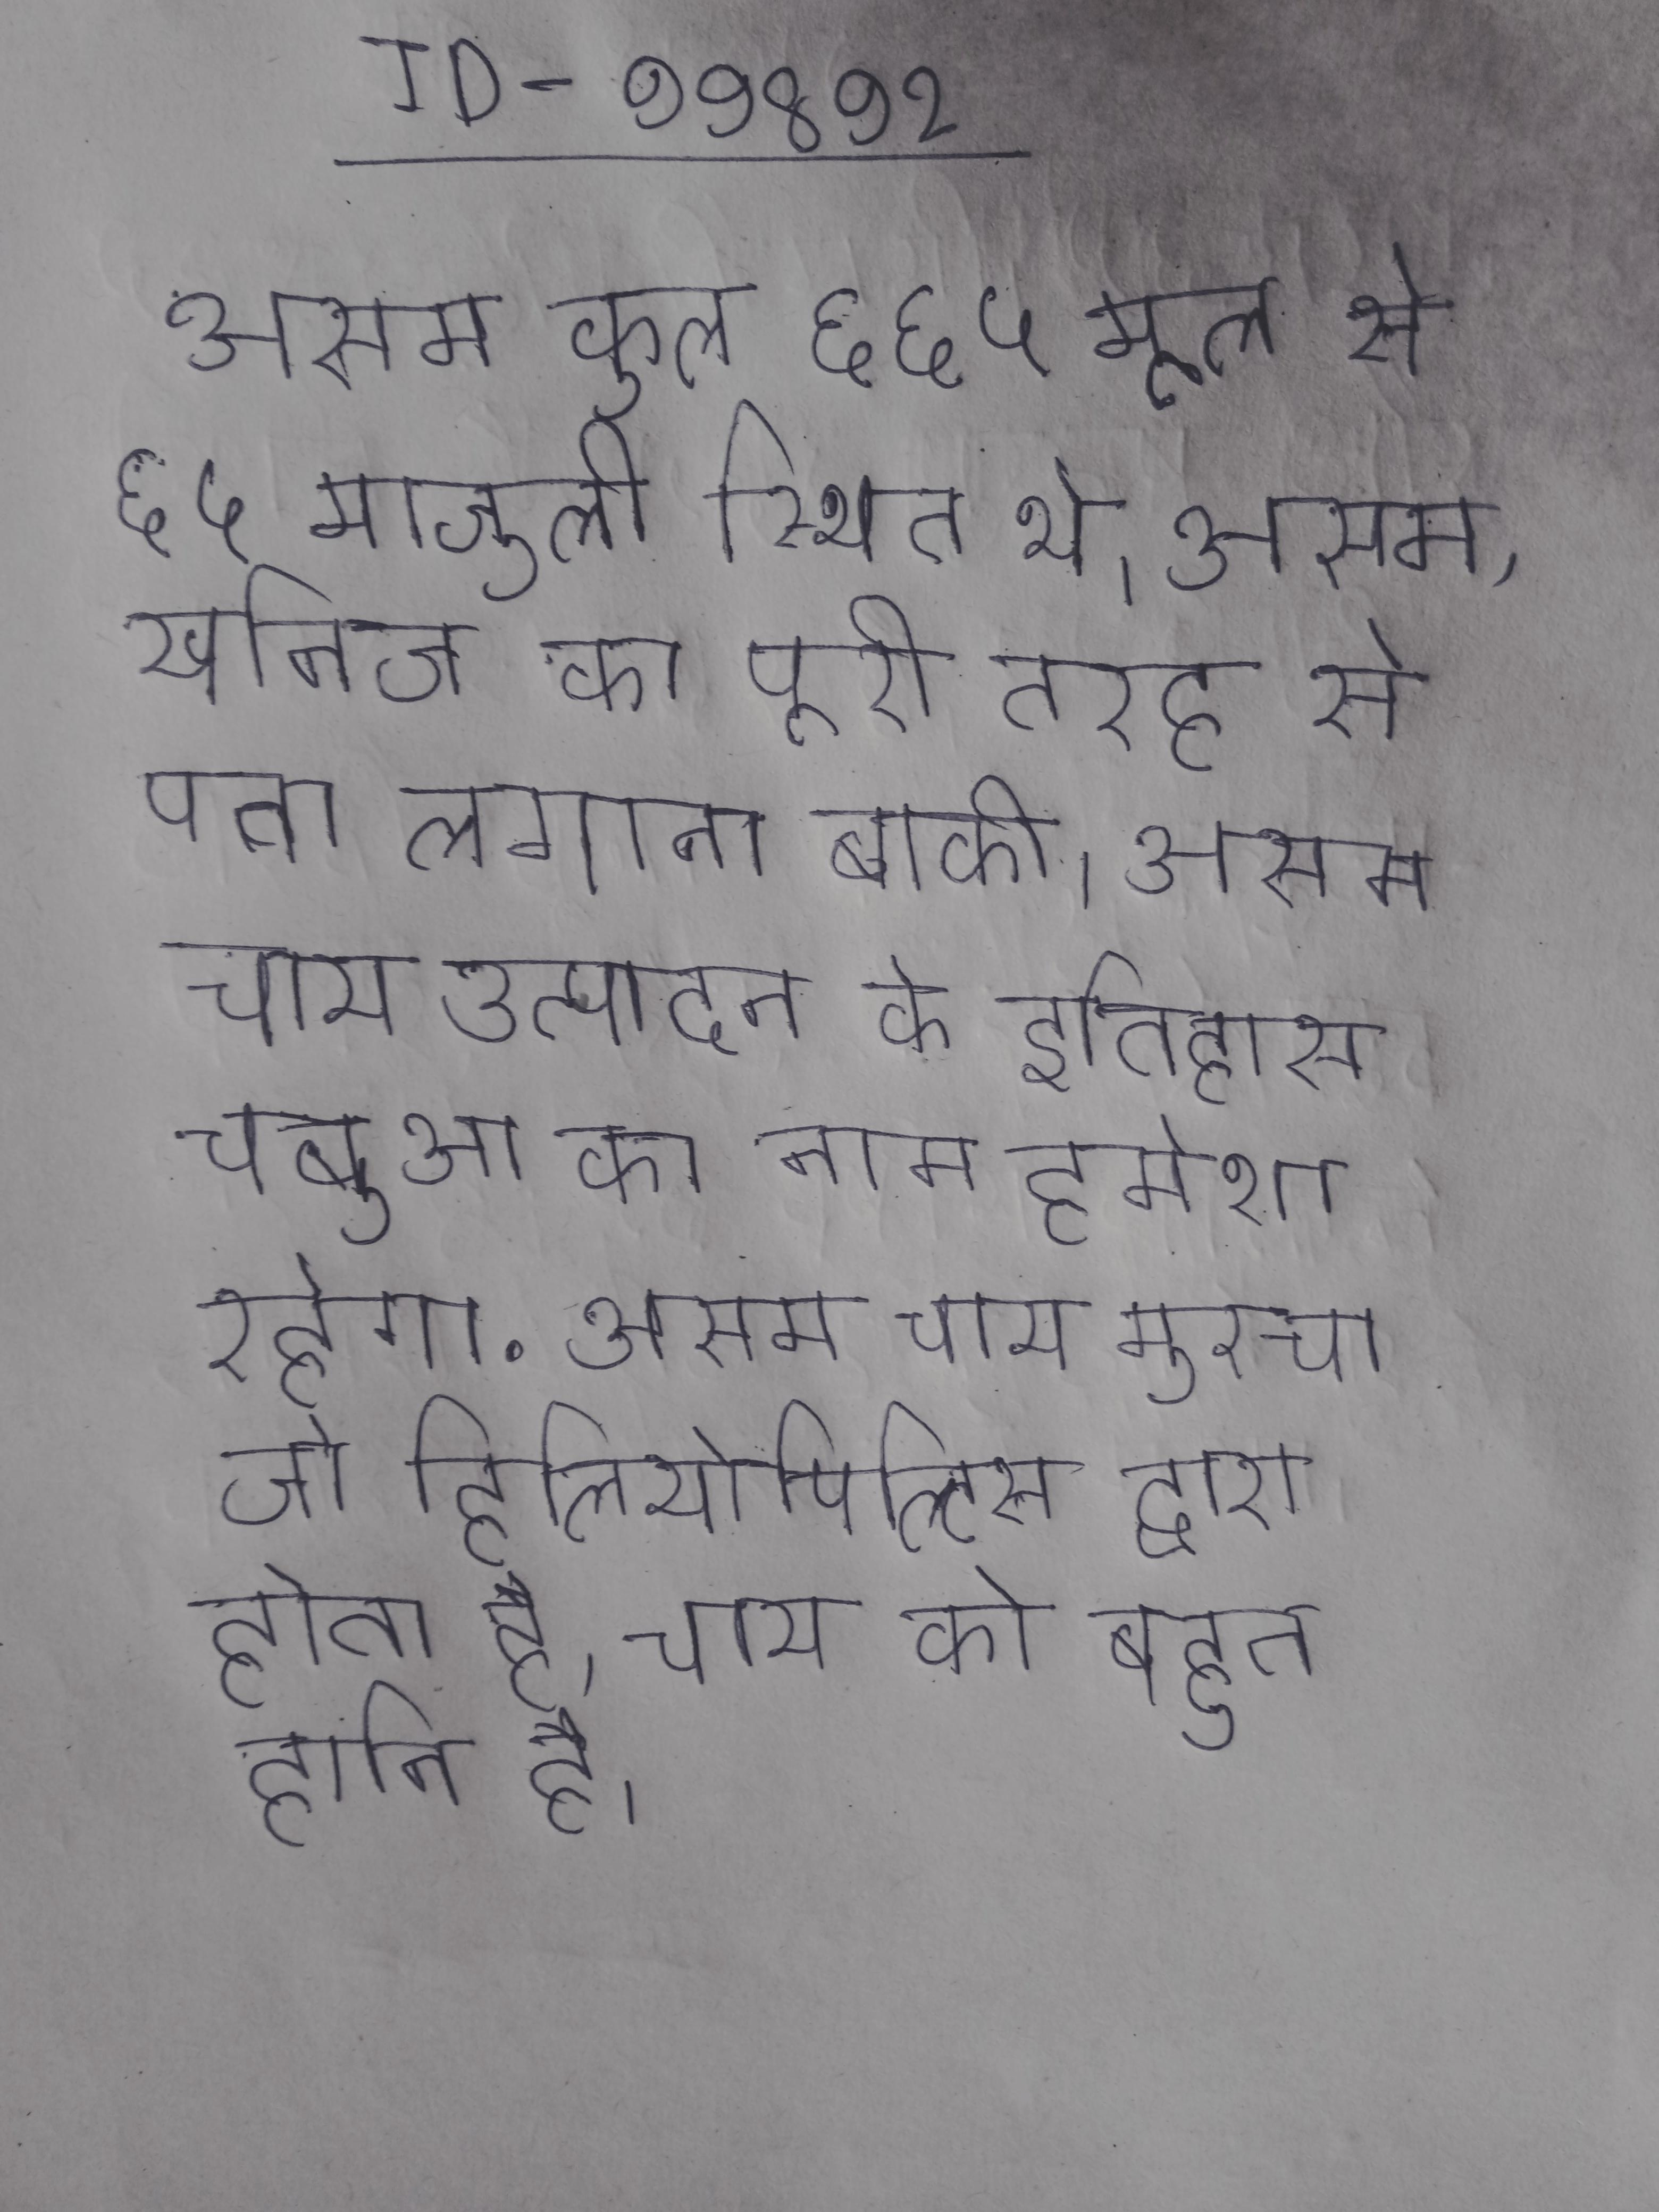
असम कुल ६६५ मूल से ६५ माजुली स्थित थे । असम, खनिज का पूरी तरह से पता लगाना बाकी । असम चाय उत्पादन के इतिहास चबुआ का नाम हमेशा रहेगा . असम चाय मुरचा जो हिलियोपिल्टिस द्वारा होता है, चाय को बहुत हानि है ।